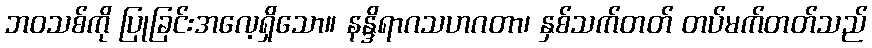
ဘဝသစ်ကို ပြုခြင်းအလေ့ရှိသော။ နန္ဒိရာဂသဟဂတာ၊ နှစ်သက်တတ် တပ်မက်တတ်သည်